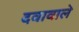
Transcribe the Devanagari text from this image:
दवावाले